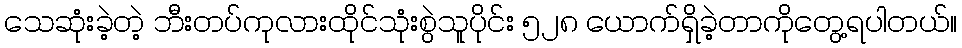
သေဆုံးခဲ့တဲ့ ဘီးတပ်ကုလားထိုင်သုံးစွဲသူပိုင်း ၅၂၈ ယောက်ရှိခဲ့တာကိုတွေ့ရပါတယ်။